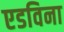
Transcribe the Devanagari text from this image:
एडविना